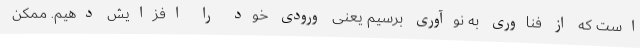
است که از فناوری به نوآوری برسیم یعنی ورودی خود را افزایش دهیم. ممکن